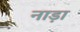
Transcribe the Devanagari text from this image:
नाड़ा